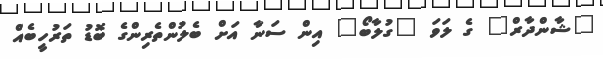
"ޝާންދާރް" ގެ ލަވަ "ގުލާބޯ" އިން ސަނާ އަށް ބެލުންތެރިންގެ ބޮޑު ތަރުހީބެއް